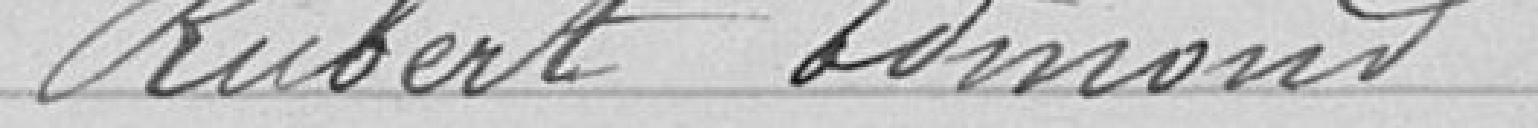
5° Demande de subvention en faveur de la ligne maritime française.